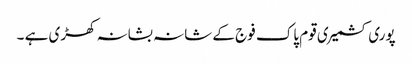
پوری کشمیری قوم پاک فوج کے شانہ بشانہ کھڑی ہے ۔